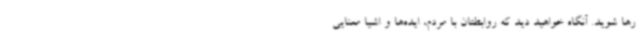
رها شوید. آنگاه خواهید دید که روابطتان با مردم، ایده‌ها و اشیا معنایی